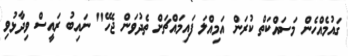
ގައުމެއްހެން މަސައްކަތް ކުރަން އަމިއްލަ ފައިމައްޗަށް ތެދުވަން ޖެހޭ" ނައިބު ރައީސް ވިދާޅުވި